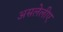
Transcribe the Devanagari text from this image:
असलेलीए